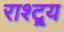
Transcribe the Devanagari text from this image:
राश्ट्र्य